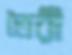
তৈরী